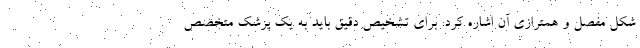
شکل مفصل و همترازی آن اشاره کرد. برای تشخیص دقیق باید به یک پزشک متخصص